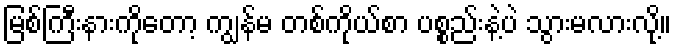
မြစ်ကြီးနားကိုတော့ ကျွန်မ တစ်ကိုယ်စာ ပစ္စည်းနဲ့ပဲ သွားမလားလို့။